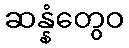
ဆန္နံတွေဝ